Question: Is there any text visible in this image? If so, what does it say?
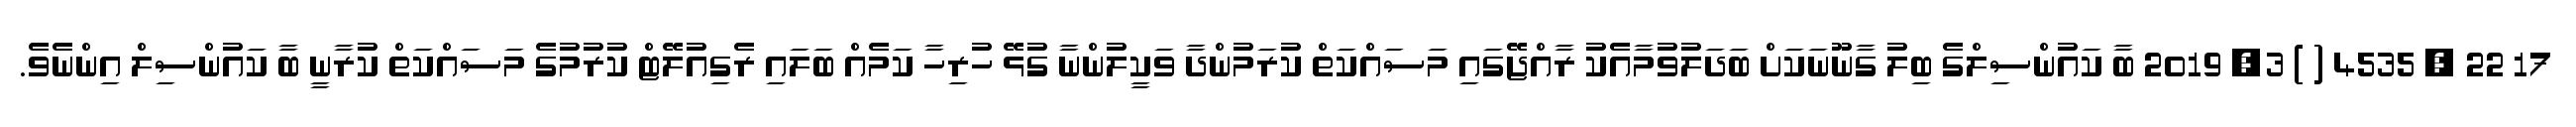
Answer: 17 22 , 4535 ( ) 3, 2019 ބާ ކައުންސިލްގެ ބިލު ގާނޫނަކަށް ބަދަލުވުމާއެކު ރާއްޖޭގައި މަސައްކަތް ކުރަމުންދާ ވަކީލުންނާ ގުޅޭ ހުރިހާ ކަމެއް ބަލައި ރެގިއުލޭޓް ކުރުމުގެ މަސައްކަތް ކުރާނީ ބާ ކައުންސިލް އިންނެވެ.